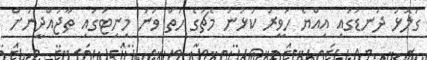
ގަލޮޅު ދަނޑުގައި އިއްޔެ ހަވީރު ކުޅުނު މެޗުގެ ހަތް ވަނަ މިނިޓުގައި ތާޖުއްދީނަށް